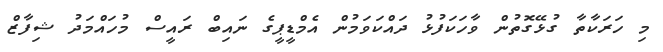
މި ހަރަކާތާ ގުޅޭގޮތުން ވާހަކަފުޅު ދައްކަވަމުން އެމްޑީޕީގެ ނައިބް ރައީސް މުހައްމަދު ޝިފާޒް